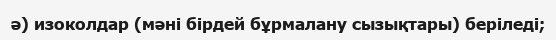
ә) изоколдар (мәні бірдей бұрмалану сызықтары) беріледі;